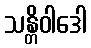
သန္တိဝါဒေါ